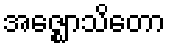
အဇ္ဈောသိတော